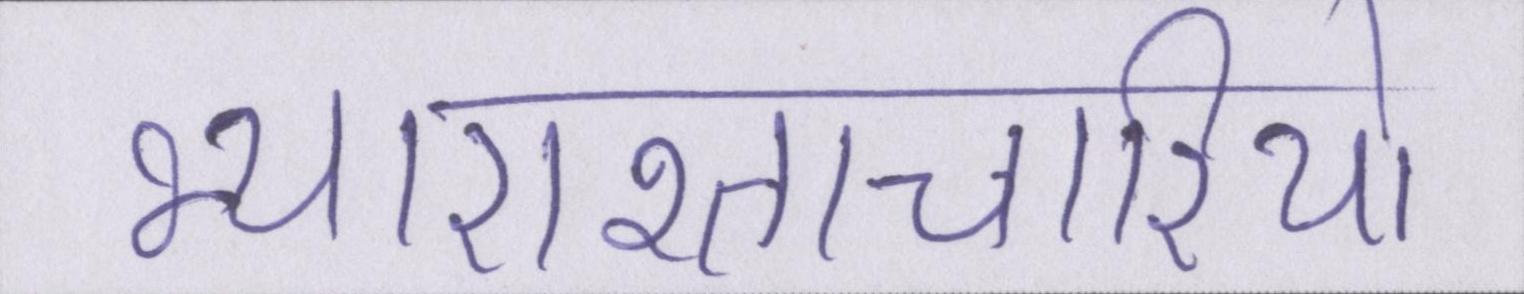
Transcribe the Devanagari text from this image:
भ्याराश्ताचारियो